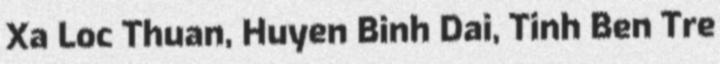
Xa Loc Thuan, Huyen Binh Dai, Tinh Ben Tre